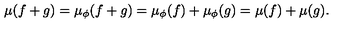
\mu ( f + g ) = \mu _ { \phi } ( f + g ) = \mu _ { \phi } ( f ) + \mu _ { \phi } ( g ) = \mu ( f ) + \mu ( g ) .